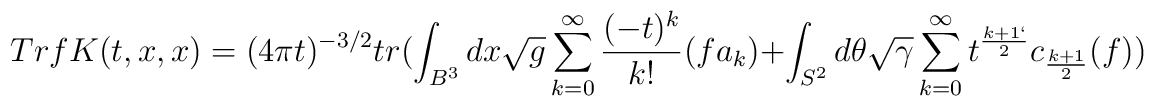
Tr f K(t,x,x)=(4\pi t) ^{-3/2}tr (\int_{B^{3}}dx\sqrt{g}\sum_{k=0}^{\infty}\frac{(-t) ^{k}}{k!}(fa_{k})+\int_{S^{2}}d\theta \sqrt{\gamma}\sum_{k=0}^{\infty}t^{\frac{k+1`}{2}}c_{\frac{k+1}{2}}(f))